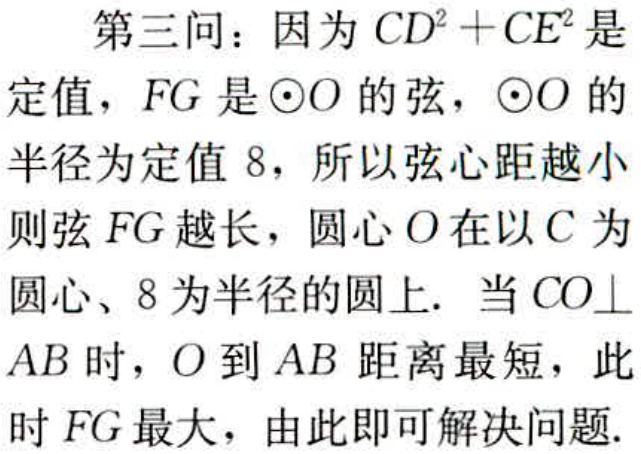
第三问：因为 \(CD^{2}+CE^{2}\) 是
定值，\(FG\) 是 \(\odot O\) 的弦，\(\odot O\) 的
半径为定值 \(8\)，所以弦心距越小
则弦 \(FG\) 越长，圆心 \(O\) 在以 \(C\) 为
圆心、\(8\) 为半径的圆上. 当 \(CO\perp\)
\(AB\) 时，\(O\) 到 \(AB\) 距离最短，此
时 \(FG\) 最大，由此即可解决问题.